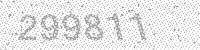
Solution: 299811